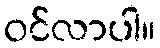
ဝင်လာပါ။